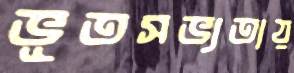
ভূতসভ্যতায়